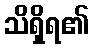
သိရှိရ၏